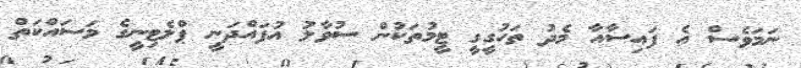
ނަމަވެސް އެ ފައިސާއާ މެދު ތަހުގީގީ ޓީމުތަކުން ސުވާލު އުފައްދަނީ ޕްލެޓިނީގެ މަސައްކަތް